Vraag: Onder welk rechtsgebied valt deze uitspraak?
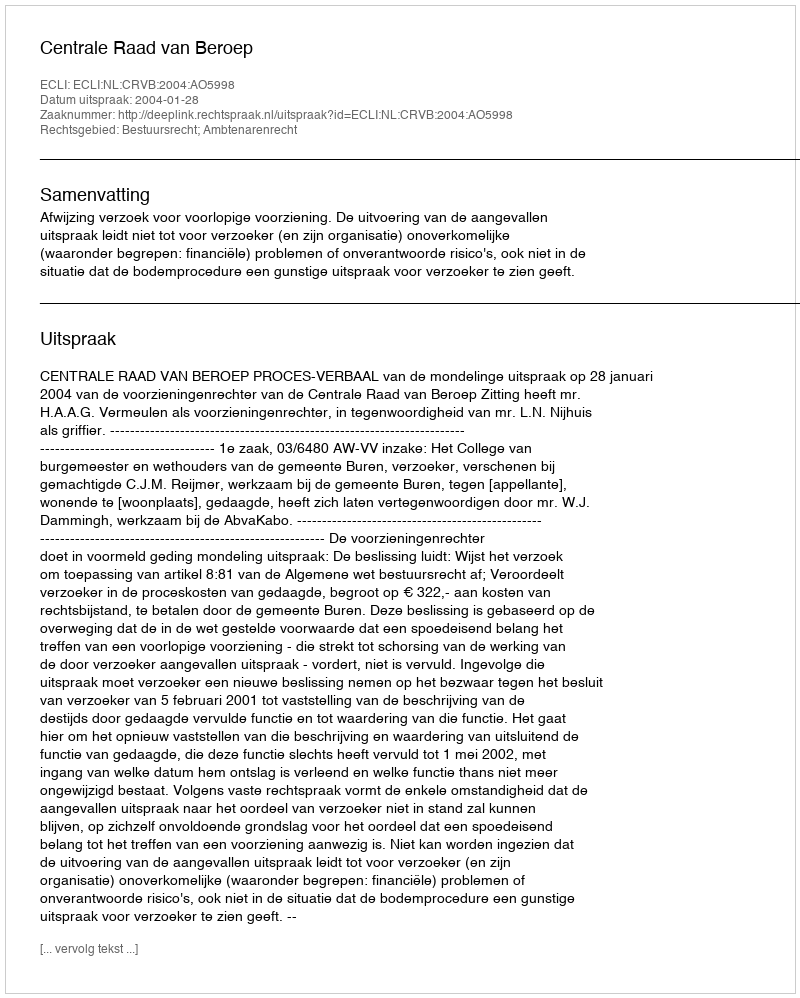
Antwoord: Bestuursrecht; Ambtenarenrecht